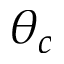
\theta _ { c }